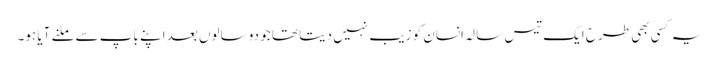
یہ کسی بھی طرح ایک تیس سالہ انسان کو زیب نہیں دیتا تھا جو دو سالوں بعد اپنے باپ سے ملنے آیا ہو۔